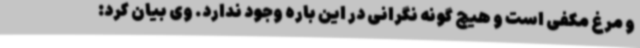
و مرغ مکفی است و هیچ گونه نگرانی در این باره وجود ندارد. وی بیان کرد: